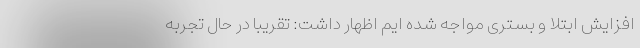
افزایش ابتلا و بستری مواجه شده ایم اظهار داشت: تقریبا در حال تجربه